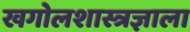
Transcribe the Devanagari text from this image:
खगोलशास्त्रज्ञाला